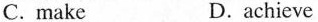
C. make D.achieve